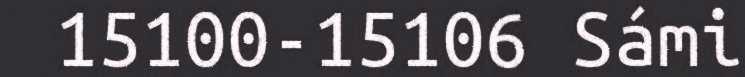
15100-15106 Sámi